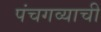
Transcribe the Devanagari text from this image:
पंचगव्याची